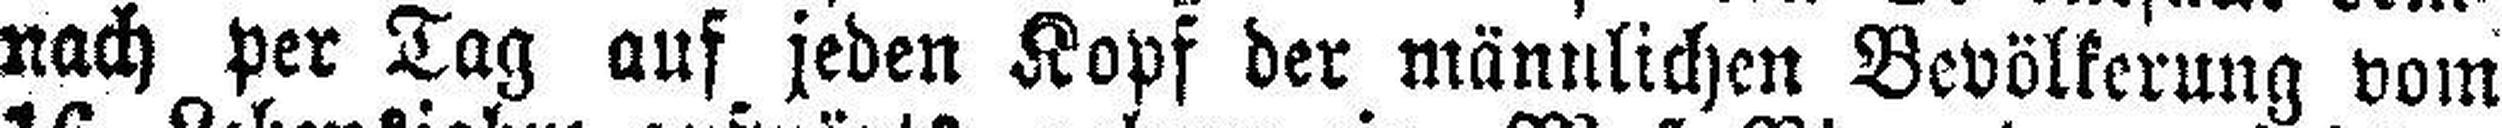
nach per Tag auf jeden Kopf der männlichen Bevölkerung vom